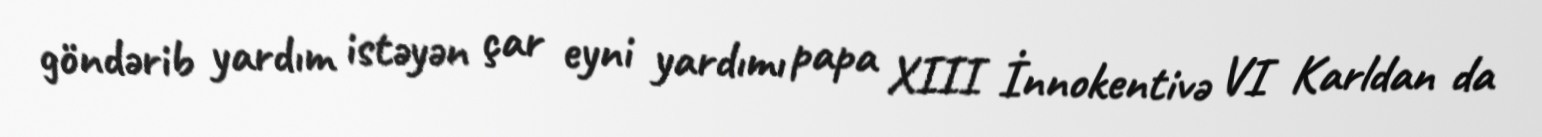
göndərib yardım istəyən çar eyni yardımı papa XIII İnnokentivə VI Karldan da